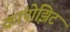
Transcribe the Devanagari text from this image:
कांपोझिट